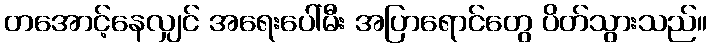
တအောင့်နေလျှင် အရေးပေါ်မီး အပြာရောင်တွေ ပိတ်သွားသည်။